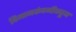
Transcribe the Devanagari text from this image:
विमानकंपनीकडून